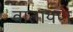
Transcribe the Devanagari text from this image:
वातायण